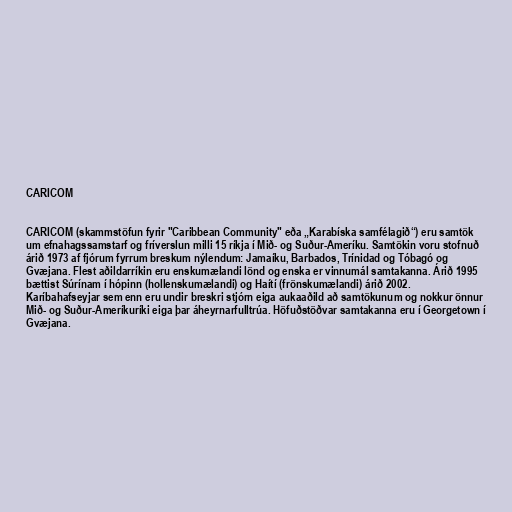
CARICOM

CARICOM (skammstöfun fyrir "Caribbean Community" eða „Karabíska samfélagið“) eru samtök
um efnahagssamstarf og fríverslun milli 15 ríkja í Mið- og Suður-Ameríku. Samtökin voru stofnuð
árið 1973 af fjórum fyrrum breskum nýlendum: Jamaíku, Barbados, Trínidad og Tóbagó og
Gvæjana. Flest aðildarríkin eru enskumælandi lönd og enska er vinnumál samtakanna. Árið 1995
bættist Súrínam í hópinn (hollenskumælandi) og Haítí (frönskumælandi) árið 2002.
Karíbahafseyjar sem enn eru undir breskri stjórn eiga aukaaðild að samtökunum og nokkur önnur
Mið- og Suður-Ameríkuríki eiga þar áheyrnarfulltrúa. Höfuðstöðvar samtakanna eru í Georgetown í
Gvæjana.